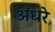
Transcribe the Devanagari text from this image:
अँधरे